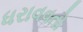
ધરાવવતો